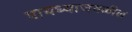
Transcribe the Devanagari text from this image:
पायथ्याजवळील